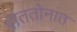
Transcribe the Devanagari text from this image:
पाततोनात